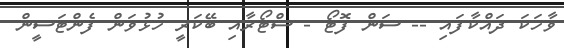
ވާހަކަ ދައްކާފައި -- ސަން ފޮޓޯ - ސްޓޯރާއި ބޭކަރީ ހުޅުވަން ފެންޓަސީން